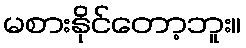
မစားနိုင်တော့ဘူး။